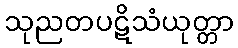
သုညတပဋိသံယုတ္တာ